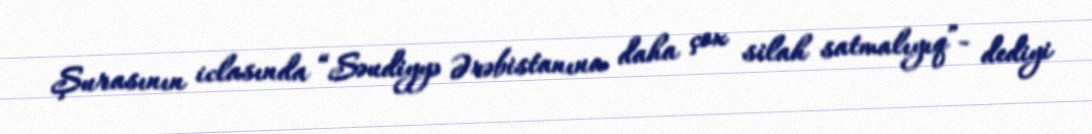
Şurasının iclasında “Səudiyyə Ərəbistanına daha çox silah satmalıyıq”- dediyi